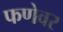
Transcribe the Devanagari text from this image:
फणेवर